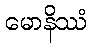
မောနိဿံ